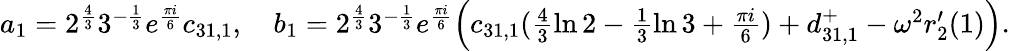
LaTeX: \begin{array}{r}{a_{1}=2^{\frac{4}{3}}3^{-\frac{1}{3}}e^{\frac{\pi i}{6}}c_{31,1},\quad b_{1}=2^{\frac{4}{3}}3^{-\frac{1}{3}}e^{\frac{\pi i}{6}}\Big(c_{31,1}(\frac{4}{3}\ln{2}-\frac{1}{3}\ln{3}+\frac{\pi i}{6})+d_{31,1}^{+}-\omega^{2}r_{2}^{\prime}(1)\Big).}\end{array}